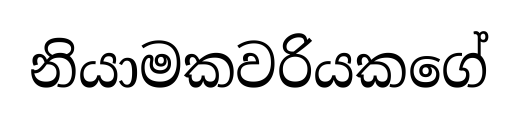
නියාමකවරියකගේ